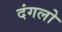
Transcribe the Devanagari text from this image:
दंगलो